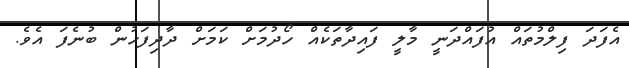
އެފަދަ ފިލްމުތައް އުފައްދަނީ މާލީ ފައިދާތަކެއް ހޯދުމަށް ކަމަށް ދާދިފަހުން ބުނެފަ އެވެ.